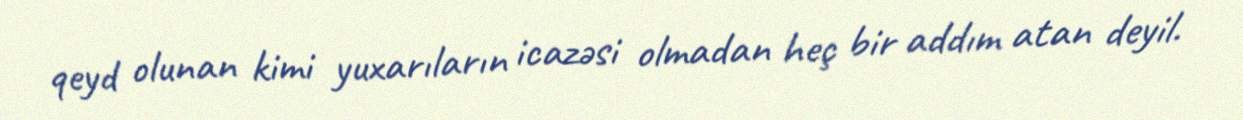
qeyd olunan kimi yuxarıların icazəsi olmadan heç bir addım atan deyil.